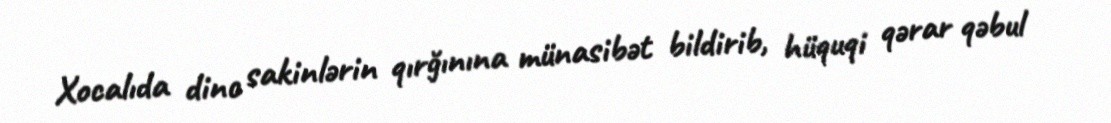
Xocalıda dinc sakinlərin qırğınına münasibət bildirib, hüquqi qərar qəbul